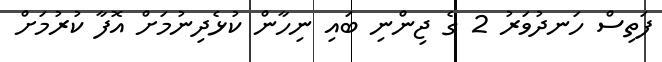
ފަތިސް ހަނދުވަރު 2 ގެ ޖިންނި ބައި ނިހާން ކުޅެދިނުމަށް އޮފާ ކުރުމަށް